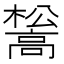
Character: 𮪺